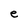
Character: e